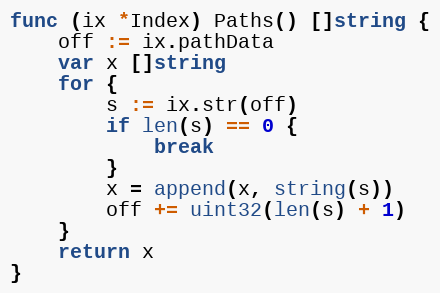
Language: Go
func (ix *Index) Paths() []string {
	off := ix.pathData
	var x []string
	for {
		s := ix.str(off)
		if len(s) == 0 {
			break
		}
		x = append(x, string(s))
		off += uint32(len(s) + 1)
	}
	return x
}